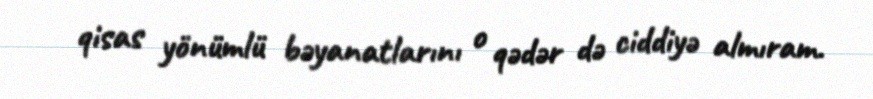
qisas yönümlü bəyanatlarını o qədər də ciddiyə almıram.